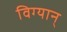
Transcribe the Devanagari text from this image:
विग्यान्